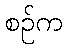
စဉ်က